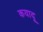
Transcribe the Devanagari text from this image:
कयादू